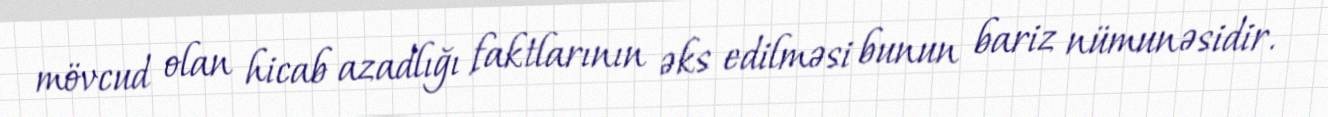
mövcud olan hicab azadlığı faktlarının əks edilməsi bunun bariz nümunəsidir.